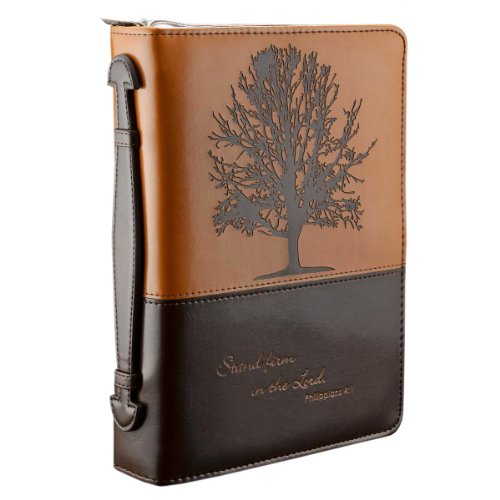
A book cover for "Stand firm in the Lord" Two-tone Bible / Book Cover - Philippians 4:1 (Large); Christian Art Gifts; Christian Books & Bibles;